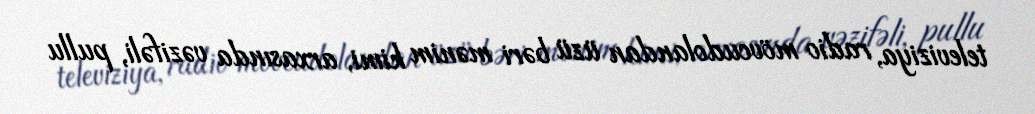
televiziya, radio mövcudolandan üzü bəri mənim kimi, arxasında vəzifəli, pullu